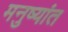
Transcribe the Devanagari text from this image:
मनुष्यांत